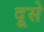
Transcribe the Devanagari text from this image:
दूसे